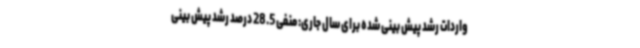
واردات رشد پیش بینی شده برای سال جاری: منفی 28.5 درصد رشد پیش بینی